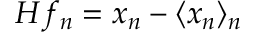
H f _ { n } = x _ { n } - \langle x _ { n } \rangle _ { n }